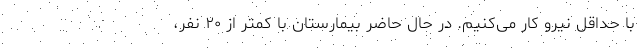
با حداقل نیرو کار می‌کنیم. در حال حاضر بیمارستان با کمتر از ۲۰ نفر،